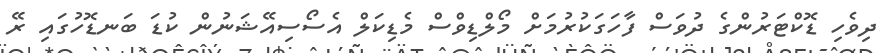
ދިވެހި ޑޮކްޓަރުންގެ ދުވަސް ފާހަގަކުރުމަށް މޯލްޑިވްސް މެޑިކަލް އެސޯސިއޭޝަނުން ކުޑަ ބަނޑޮހުގައި ރޭ